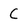
Character: C